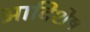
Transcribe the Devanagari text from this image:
आदिशेष